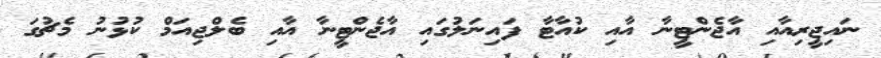
ނައިޖީރިއާއި އާޖެންޓީނާ އާއި ކުއާޓާ ފައިނަލުގައި އާޖެންޓީނާ އާއި ބެލްޖިއަމް ކުޅުނު މެޗުގަ